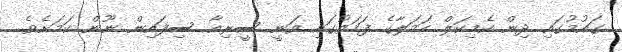
ގައުމުގައި ދިން ކެމިކަލް ހަމަލާގެ ފަހަތުގައި ވަނީ ސީރިއާ ސިފައިން ނޫން ކަމަށެވެ.